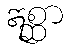
ဣစ္ဆာ